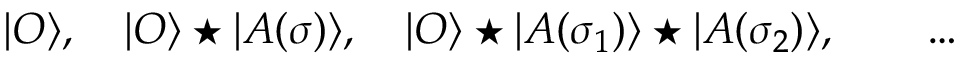
| { \cal O } \rangle , ~ ~ ~ | { \cal O } \rangle \star | A ( \sigma ) \rangle , ~ ~ ~ | { \cal O } \rangle \star | A ( \sigma _ { 1 } ) \rangle \star | A ( \sigma _ { 2 } ) \rangle , \qquad \dots